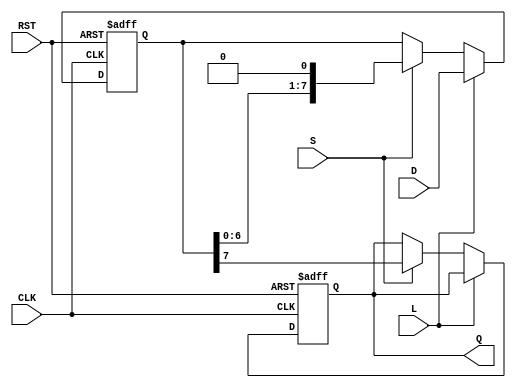
module piso_register #(parameter N = 8) (
    input wire [N-1:0] D,     // Parallel Data Input
    input wire L,             // Load Control Signal
    input wire S,             // Shift Control Signal
    input wire CLK,           // Clock Signal
    input wire RST,           // Reset Signal
    output reg Q              // Serial Output
);
    reg [N-1:0] shift_reg;    // Internal shift register

    // Always block for synchronous operations
    always @(posedge CLK or posedge RST) begin
        if (RST) begin
            // Reset the shift register to zero
            shift_reg <= {N{1'b0}}; // Initialize all bits to zero
            Q <= 1'b0;              // Initialize output to zero
        end else begin
            if (L) begin
                // Load the data into the shift register
                shift_reg <= D;
            end else if (S) begin
                // Shift the register and output the MSB
                Q <= shift_reg[N-1];          // Output the MSB
                shift_reg <= {shift_reg[N-2:0], 1'b0}; // Shift left
            end
        end
    end
endmodule